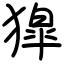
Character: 獔